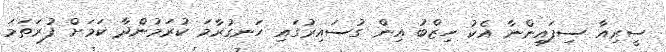
ސީރިއާ ސިފައިންނާ އެކު ހިޒްބު އިން ގުސައިރުގައި ހަނގުރާމަ ކުރަމުންދާ ކަމަށް ފުރަތަމަ